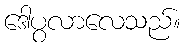
ဒေါပွလာလေသည်။